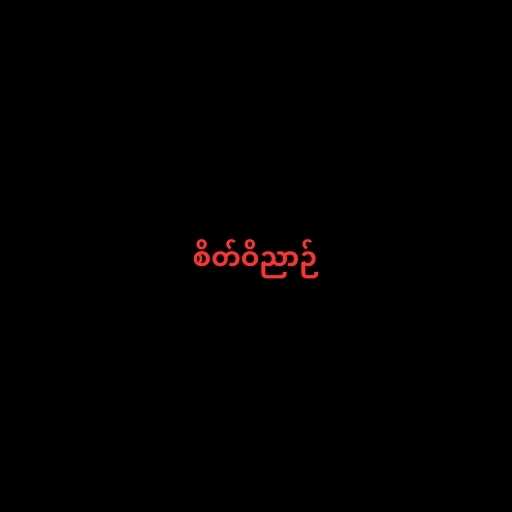
စိတ်ဝိညာဉ်